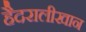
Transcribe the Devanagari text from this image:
हैदरालीखान